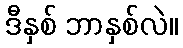
ဒီနှစ် ဘာနှစ်လဲ။